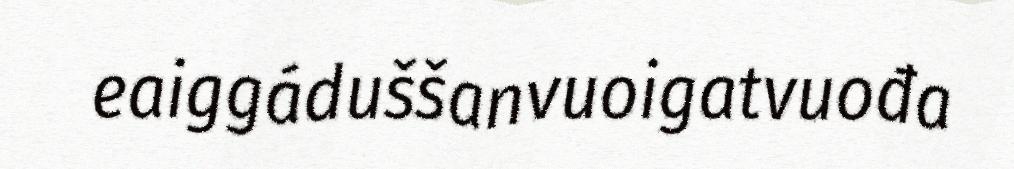
eaiggáduššanvuoigatvuođa